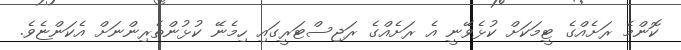
ކޮންމެ ރަށެއްގެ ޓީމަކަށް ކުޅެވޭނީ އެ ރަށެއްގެ ރަޖިސްޓަރީގައި ހިމެނޭ ކުޅުންތެރިންނަށް އެކަންޏެވެ.